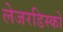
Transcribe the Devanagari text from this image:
लेजरडिस्कों